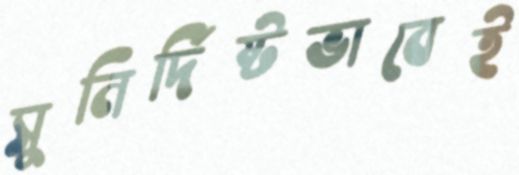
সুনির্দিষ্টভাবেই